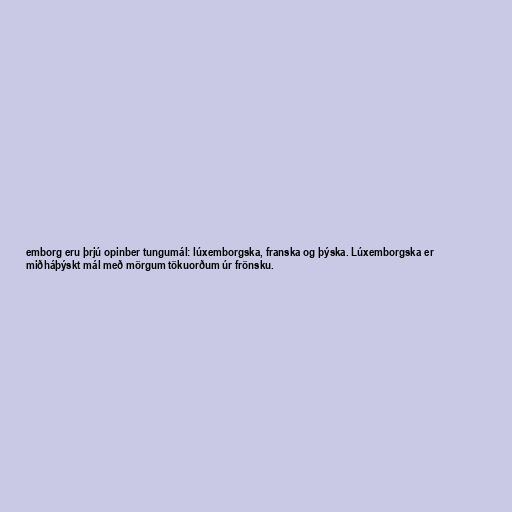
emborg eru þrjú opinber tungumál: lúxemborgska, franska og þýska. Lúxemborgska er
miðháþýskt mál með mörgum tökuorðum úr frönsku.